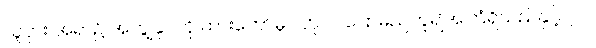
သူငှား အရာ၌ အကျွန်ုပ်ကို ထားတော်မူပါဟု ငါ ပြောမည်ဟူ၍အကြံရှိသည်နှင့်၊ ၂၀